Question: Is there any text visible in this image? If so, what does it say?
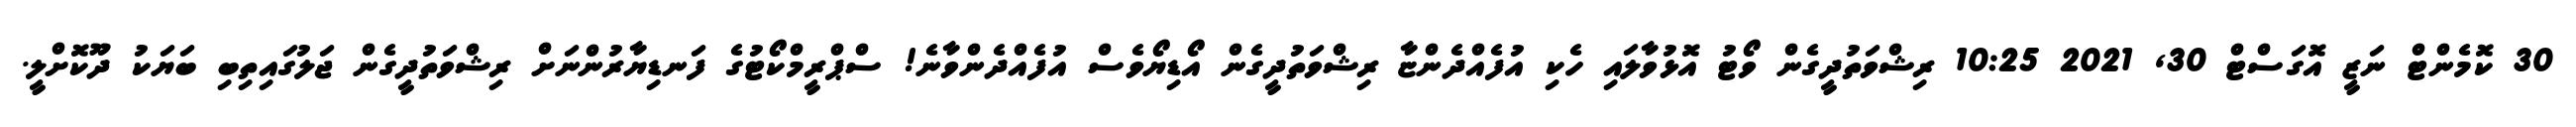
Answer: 30 ކޮމެންޓް ނަޒީ އޮގަސްޓް 30, 2021 10:25 ރިޝްވަތުދީގެން ވޯޓު އޮޅުވާލައި ހެކި އުފެއްދެންޏާ ރިޝްވަތުދީގެން އޯޑިޔޯވެސް އުފެއްދެންވާނެ! ސްޕްރީމްކޯޓުގެ ފަނޑިޔާރުންނަށް ރިޝްވަތުދީގެން ޖަލުގައިތިބި ބަޔަކު ދޫކޮށްލީ.